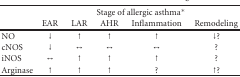
<table><thead><tr><td><b> </b></td><td colspan="5"><b>Stage of allergic asthma*</b></td></tr><tr><td><b> </b></td><td><b>EAR</b></td><td><b>LAR</b></td><td><b>AHR</b></td><td><b>Inflammation</b></td><td><b>Remodeling</b></td></tr></thead><tbody><tr><td>NO</td><td>↓</td><td>↑</td><td>↑</td><td>↑</td><td>↓?</td></tr><tr><td>cNOS</td><td>↓</td><td><i>↔</i></td><td><i>↔</i></td><td><i>↔</i></td><td>?</td></tr><tr><td>iNOS</td><td><i>↔</i></td><td>↑</td><td>↑</td><td>↑</td><td>?</td></tr><tr><td>Arginase</td><td>↑</td><td>↑</td><td>↑</td><td>?</td><td>↑?</td></tr></tbody></table>